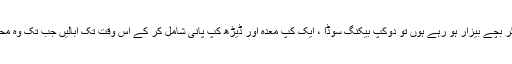
تیز بارش کے دوران اگر بچے بیزار ہو رہے ہوں تو دوکپ بیکنگ سوڈا ، ایک کپ معدہ اور ڈیڑھ کپ پانی شامل کر کے اس وقت تک ابالیں جب تک وہ محلول گاڑھا نہ ہو جائے ۔